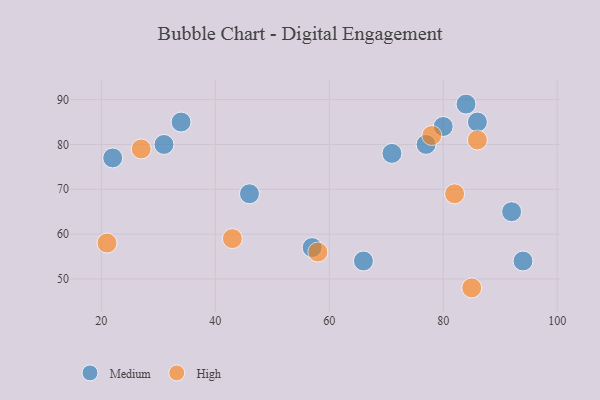
{"axis": {"x": "GDP", "y": "Life Expectancy"}, "legend": ["High", "Medium"], "data": [{"x": "66", "y": 54, "type": "Medium"}, {"x": "31", "y": 80, "type": "Medium"}, {"x": "92", "y": 65, "type": "Medium"}, {"x": "57", "y": 57, "type": "Medium"}, {"x": "80", "y": 84, "type": "Medium"}, {"x": "84", "y": 89, "type": "Medium"}, {"x": "71", "y": 78, "type": "Medium"}, {"x": "34", "y": 85, "type": "Medium"}, {"x": "94", "y": 54, "type": "Medium"}, {"x": "86", "y": 85, "type": "Medium"}, {"x": "46", "y": 69, "type": "Medium"}, {"x": "77", "y": 80, "type": "Medium"}, {"x": "22", "y": 77, "type": "Medium"}, {"x": "85", "y": 48, "type": "High"}, {"x": "86", "y": 81, "type": "High"}, {"x": "78", "y": 82, "type": "High"}, {"x": "43", "y": 59, "type": "High"}, {"x": "27", "y": 79, "type": "High"}, {"x": "82", "y": 69, "type": "High"}, {"x": "58", "y": 56, "type": "High"}, {"x": "21", "y": 58, "type": "High"}]}